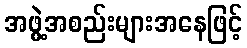
အဖွဲ့အစည်းများအနေဖြင့်